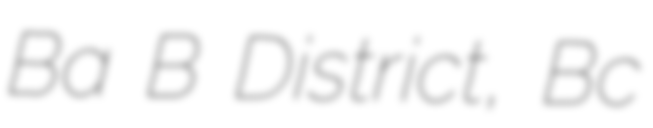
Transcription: Ba Bể District, Bắc